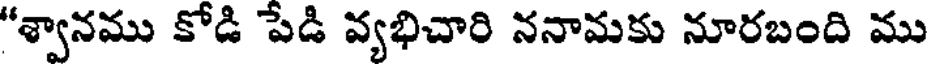
"శ్వానము కోడి పేడి వ్యభిచారి ననామకు నూరబంది ము